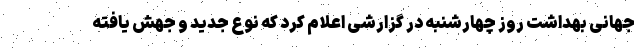
جهانی بهداشت روز چهارشنبه در گزارشی اعلام کرد که نوع جدید و جهش یافته